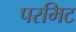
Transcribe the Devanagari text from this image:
परमिट